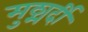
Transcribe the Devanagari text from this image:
मुठ्मर्दी